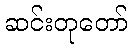
ဆင်းတုတော်